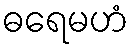
ဓရေမဟံ